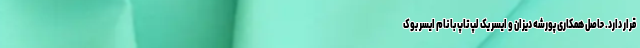
قرار دارد. حاصل همکاری پورشه دیزان و ایسر یک لپ تاپ با نام ایسر بوک